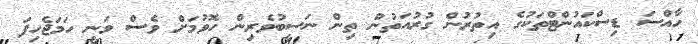
ހާއްސަ ޑިސްކައުންޓްތަކުގެ އިތުރުން ގުރުއަތުން ތިން ނަސީބުވެރިން ހޮވުމަށް ވެސް ވަނީ ހަމަޖެހިފަ